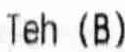
TEH (B)